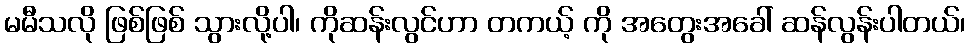
မမီသလို ဖြစ်ဖြစ် သွားလို့ပါ၊ ကိုဆန်းလွင်ဟာ တကယ့် ကို အတွေးအခေါ် ဆန်လွန်းပါတယ်၊